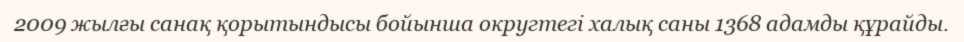
2009 жылғы санақ қорытындысы бойынша округтегі халық саны 1368 адамды құрайды.